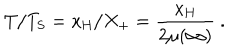
LaTeX: T / T _ { \mathrm { S } } = x _ { \mathrm { H } } / X _ { + } = \frac { x _ { \mathrm { H } } } { 2 \mu ( \infty ) } \ .